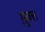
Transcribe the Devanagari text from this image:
मु़क्त